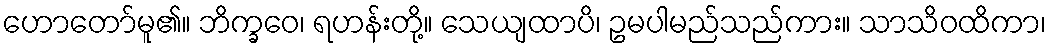
ဟောတော်မူ၏။ ဘိက္ခဝေ၊ ရဟန်းတို့။ သေယျထာပိ၊ ဥမပါမည်သည်ကား။ သာသိဝထိကာ၊